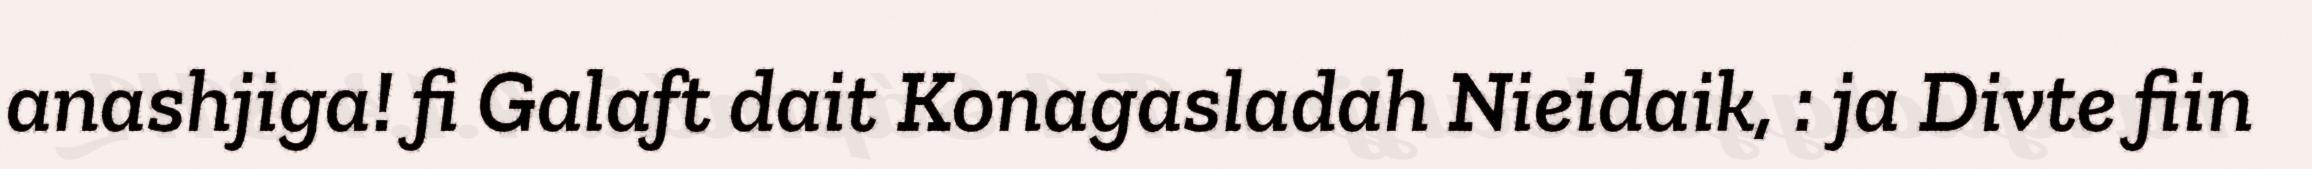
anashjiga! fi Galaft dait Konagasladah Nieidaik, : ja Divte fiin